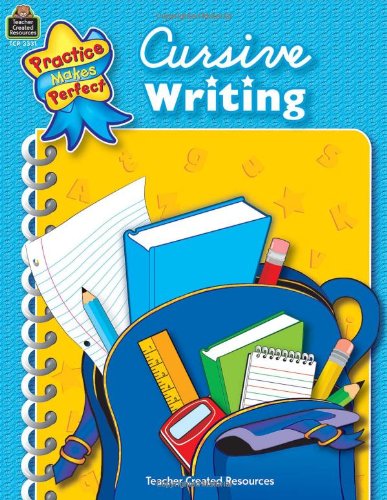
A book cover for Cursive Writing (Practice Makes Perfect); Janet Cain; Reference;